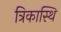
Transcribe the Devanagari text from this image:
त्रिकास्थि